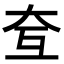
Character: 𡗨